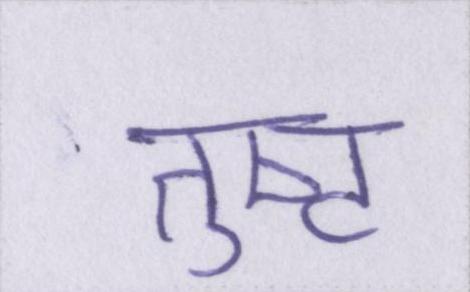
तुष्ट